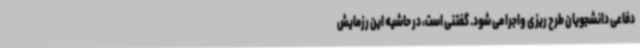
دفاعی دانشجویان طرح ریزی واجرا می شود. گفتنی است، در حاشیه این رزمایش